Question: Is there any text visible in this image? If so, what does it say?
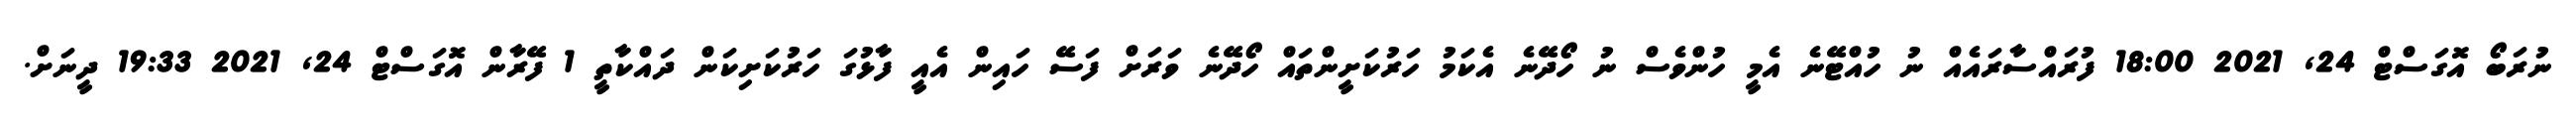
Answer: ނުރަބޯ އޮގަސްޓް 24, 2021 18:00 ފުރައްސާރައެއް ނު ހުއްޓޭނެ އެމީ ހުންވެސް ނު ހޯދޭނެ އެކަމު ހަރުކަށީންތައް ހޯދޭނެ ވަރަށް ފަސޭ ހައިން އެއީ ފާޅުގަ ހަރުކަށިކަން ދައްކާތީ 1 ފޭރާން އޮގަސްޓް 24, 2021 19:33 ދީނަށް.